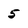
Character: 5